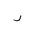
Letter: _ra